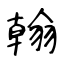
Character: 翰